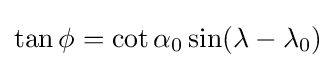
\tan \phi =\cot \alpha _{0}\sin(\lambda -\lambda _{0})